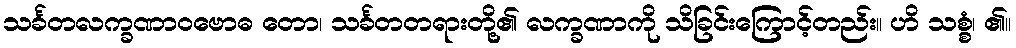
သင်္ခတလက္ခဏာဝဗောဓ တော၊ သင်္ခတတရားတို့၏ လက္ခဏာကို သိခြင်းကြောင့်တည်း။ ဟိ သစ္စံ၊ ၏။